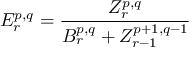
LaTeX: E _ { r } ^ { p , q } = { \frac { Z _ { r } ^ { p , q } } { B _ { r } ^ { p , q } + Z _ { r - 1 } ^ { p + 1 , q - 1 } } }